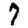
Digit: 7